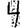
Digit: 4